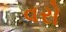
વરો